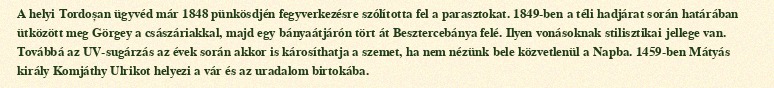
A helyi Tordoșan ügyvéd már 1848 pünkösdjén fegyverkezésre szólította fel a parasztokat. 1849-ben a téli hadjárat során határában ütközött meg Görgey a császáriakkal, majd egy bányaátjárón tört át Besztercebánya felé. Ilyen vonásoknak stilisztikai jellege van. Továbbá az UV-sugárzás az évek során akkor is károsíthatja a szemet, ha nem nézünk bele közvetlenül a Napba. 1459-ben Mátyás király Komjáthy Ulrikot helyezi a vár és az uradalom birtokába.